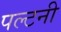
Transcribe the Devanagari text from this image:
पल्टनी